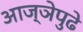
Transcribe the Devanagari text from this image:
आज्ञेपुढे